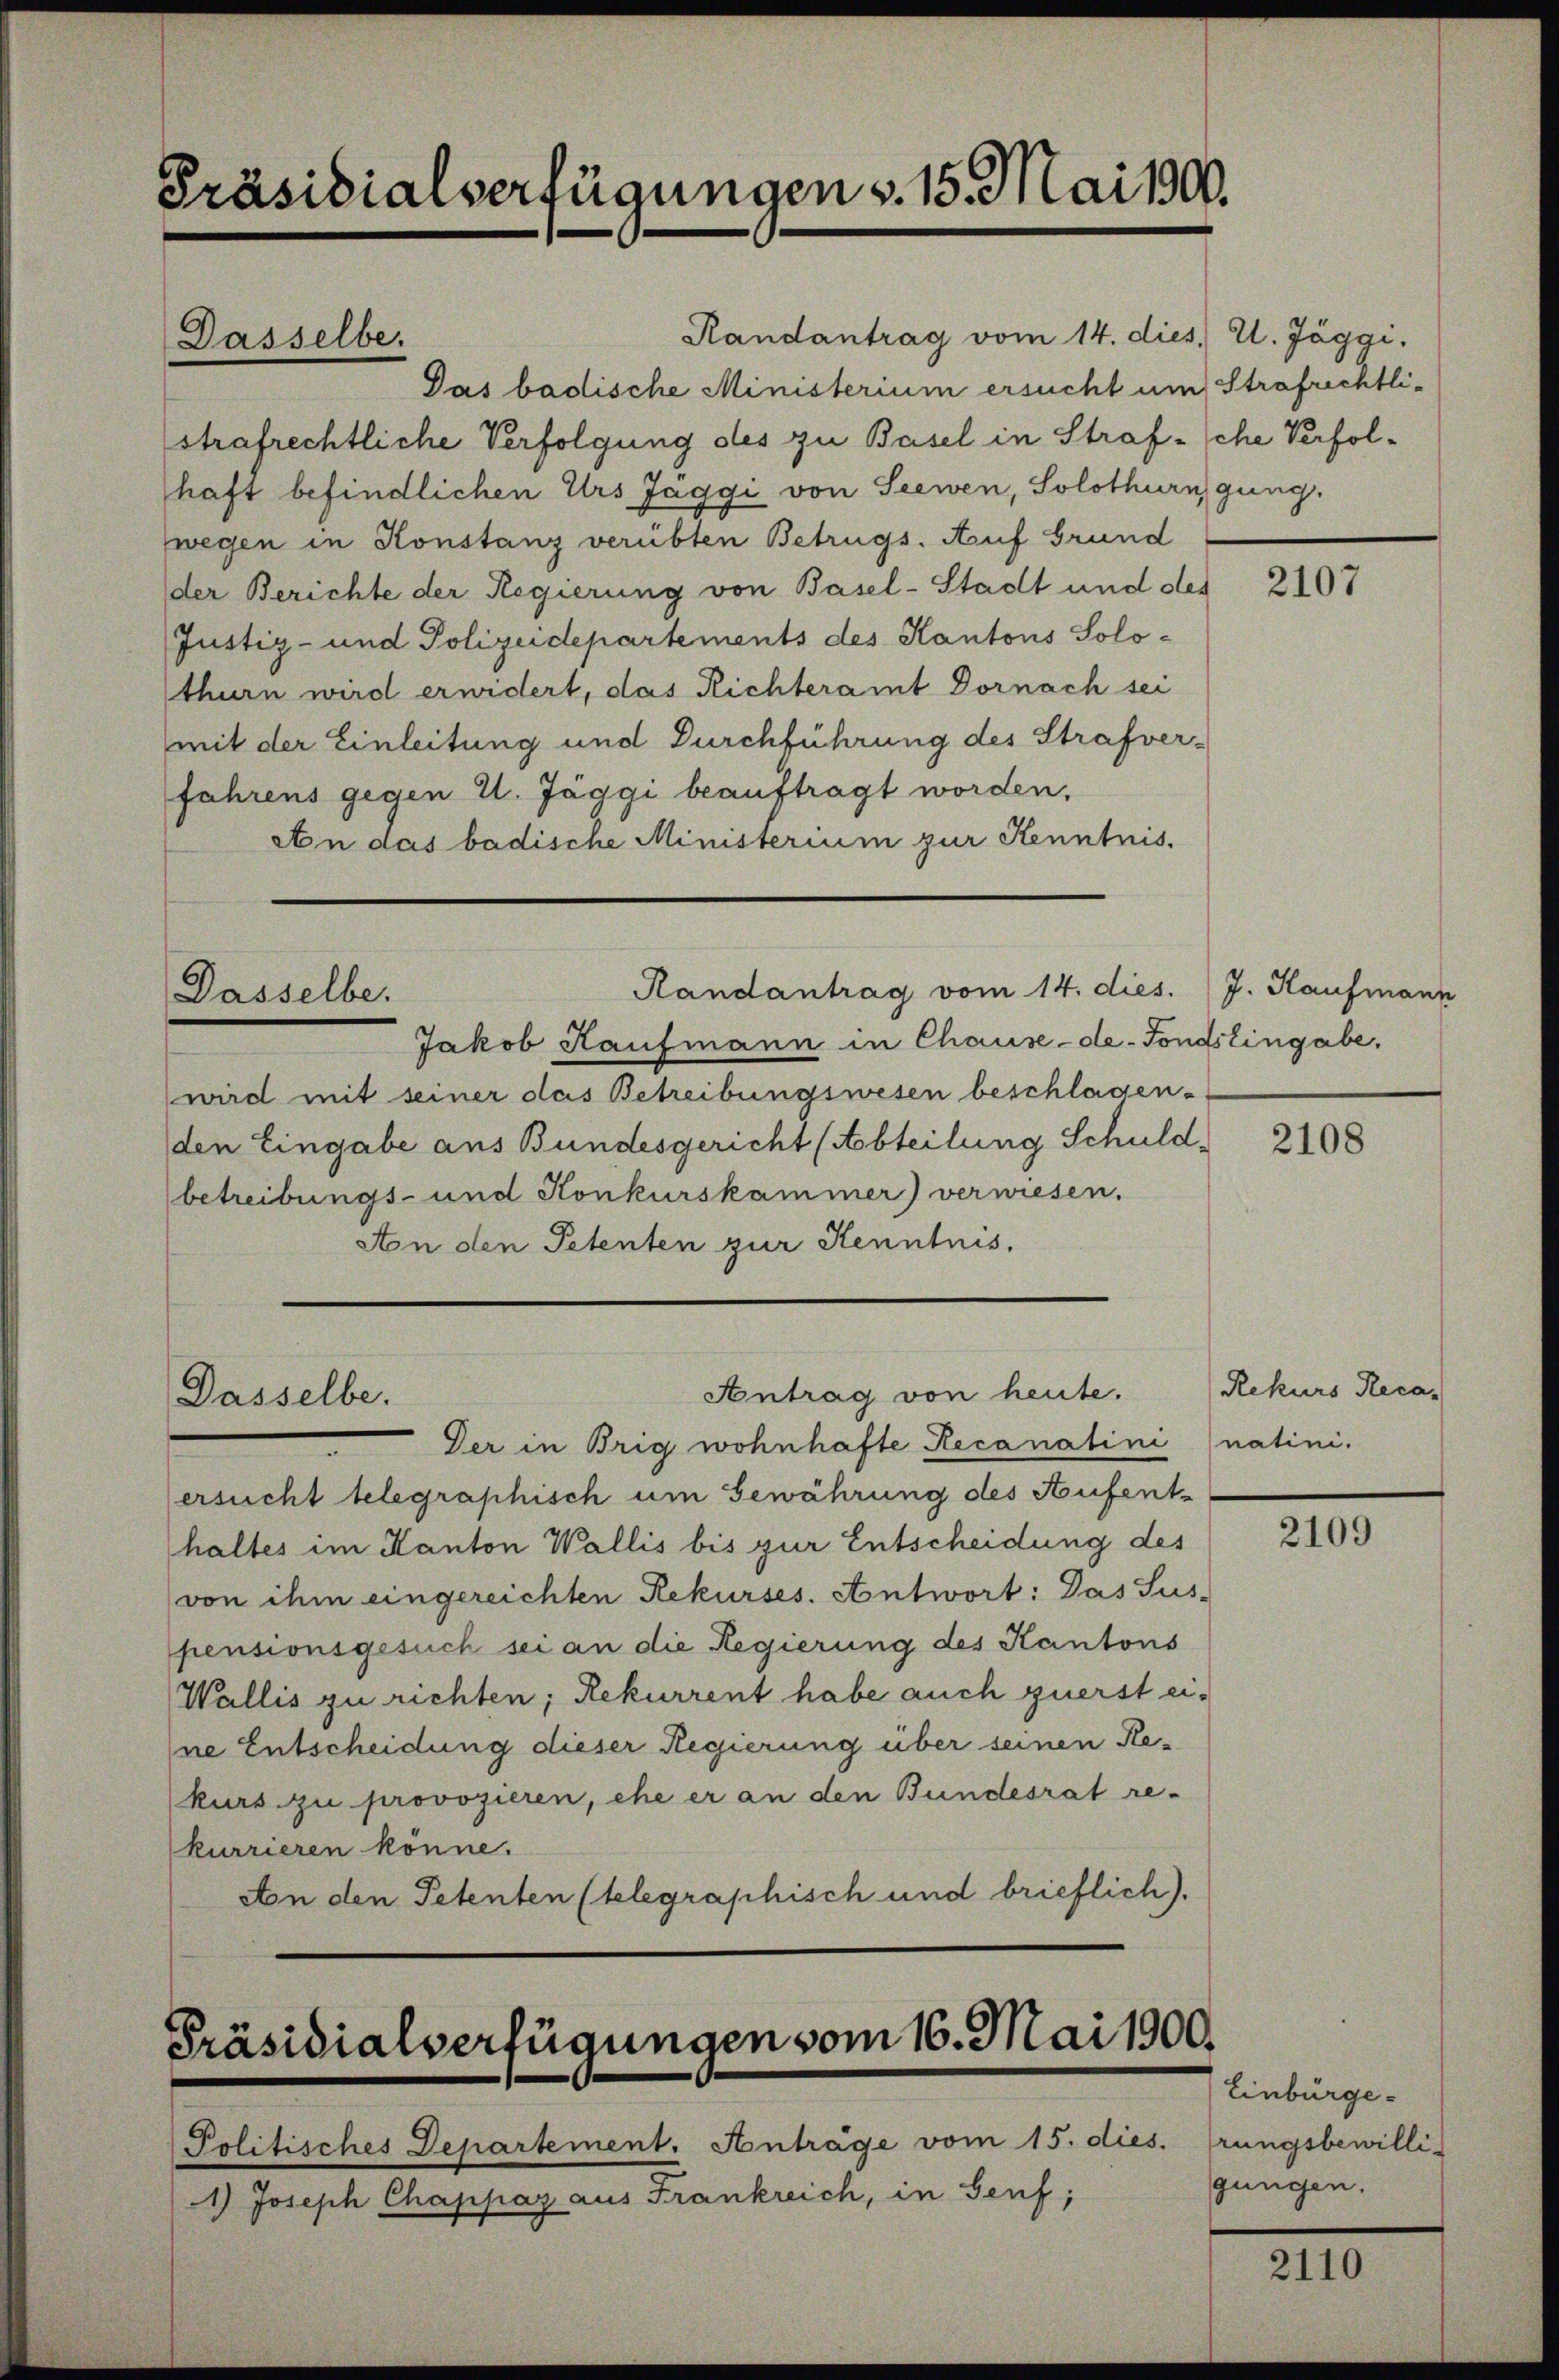
Präsidialverfügungen v. 15. Mai 1900.

Das badische Ministerium ersucht um Strafrechtlistrafrechtliche Verfolgung des zu Basel in Strafsche Verfolhaft befindlichen Urs Jäggi von Seewen, Solothurn, ging.
wegen in Konstanz verübten Betrugs. Auf Grund
der Berichte der Regierung von Basel-Stadt und des
Justiz- und Polizeidepartements des Kantons Solo-
thurn wird erwidert, das Richteramt Dornach sei
mit der Einleitung und Durchführung des Strafverfahrens gegen 1. Jäggi beauftragt worden,
An das badische Ministerium zur Kenntnis.

Jakob Kaufmann in Chause-de-Fonds Eingabe.
wird mit seiner das Betreibungswesen beschlagen.
den Eingabe aus Bundesgericht (Abteilung Schuld,
betreibungs- und Konkurskammer) verwiesen.
An den Petenten zur Kenntnis,

Dasselbe.

Dasselbe.

Dasselbe.

Randantrag vom 14. dies. U. Jäggi,

Randantrag vom 14. dies. J. Kaufmann

Antrag von heute.

Politisches Departement. Anträge vom 15. dies. drungsbewilli-
1) Joseph Chappaz aus Frankreich, in Genf;

Präsidialverfügungen vom 16. Mai 1900.

Der in Brig wohnhafte Recanatini natini.
ersucht telegraphisch um Gewährung des Hufenthaltes im Kanton Wallis bis zur Entscheidung des
(von ihm eingereichten Rekurses. Antwort: Das Sus-
pensionsgesuch sei an die Regierung des Kantons
Wallis zu richten, Rekurrent habe auch zuerst eine Entscheidung dieser Regierung über seinen Re-
kurs zu provozieren, ehe er an den Bundesrat re-
kurrieren könne.
An den Petenten (telegraphisch und brieflich).

2107

2108

Rekurs Reca

2109

Einbürgegungen.

2110